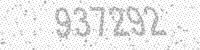
Solution: 937292